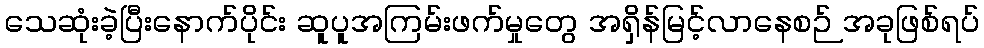
သေဆုံးခဲ့ပြီးနောက်ပိုင်း ဆူပူအကြမ်းဖက်မှုတွေ အရှိန်မြင့်လာနေစဉ် အခုဖြစ်ရပ်